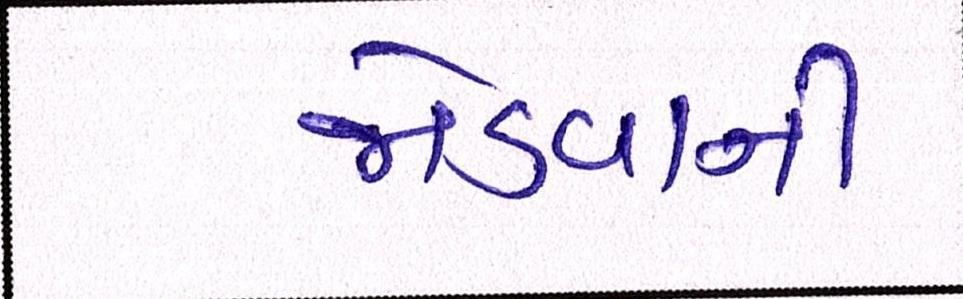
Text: જોડવાની